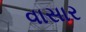
વાસાર